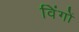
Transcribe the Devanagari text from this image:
विंगों